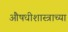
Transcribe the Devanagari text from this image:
औषधीशास्त्राच्या